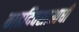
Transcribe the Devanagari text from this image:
वाढदिवसाआधी